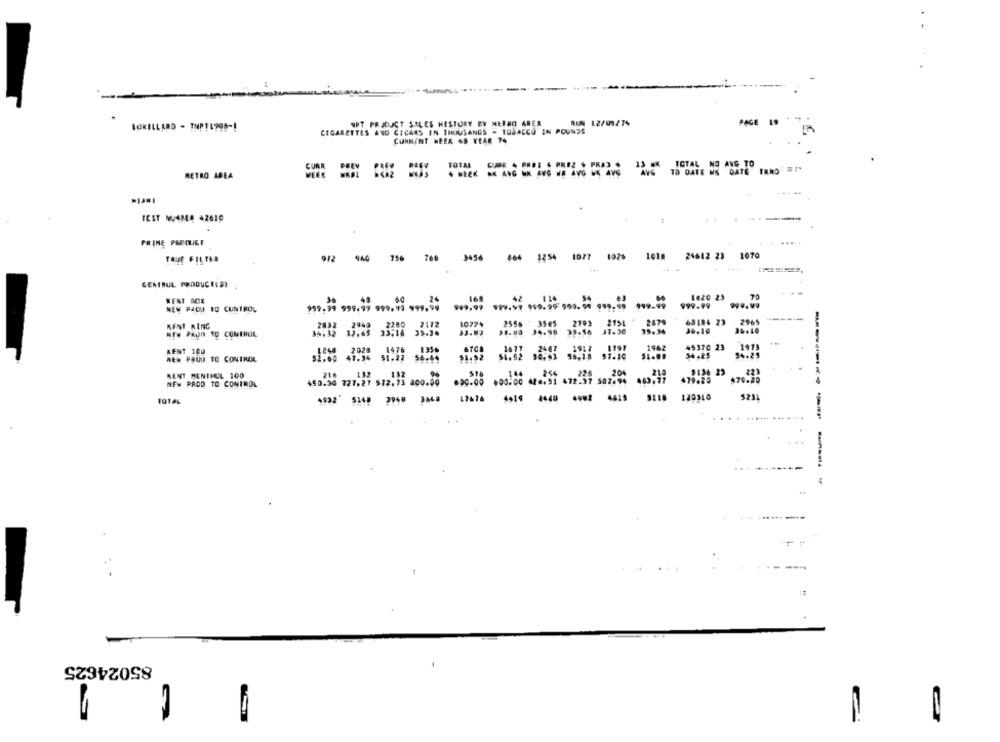
LORILLARD - THPTL708 -!
VPT PRODUCT SALES HESTORY BY NETHO AREA
RUN 12/09/74
PAGE
CIGARETTES ANO CICARS IN THOUSANDS - TOSACCO IN POUNDS
CURRENT HEEK OS YEAR 74
TOTAL CURR 4 PEDI 4 PREZ $ PRAJ . 13 WK TOTAL NO AVG TO
. HEEK RK ANG NK AVG NE AVG WE AVG AVG TO DATE NE DATE TRNO" ET"
METRO AREA
ICST NUMMER 42610
1
11
FRINE PREQUIET
TALE FILTER
3454
1254
1077 1976
1018
24612 23 1070
GENTBUL PRODUCTEST
1020 23
WENT BOX
999.99
999.99
-...
NEW PADU 10 CUNTROL
999,99 999.99 999. 99 999.99
RENT RING
2832
2940
10774
2556
35€5
2193
2154
2474
63184 23 2965
NEW PRUIS TO CONTROL
84,32
12.65
58.80 34.96
15.34
KENT 100
1677
26 67
1917
1197
1962
45370 23
191
56.64
51.52
54.52
90,91
55.18
51.10
54 42$
NEM PRUD TO CONTROL
SENT MENTHOL 100
479.20
NEW PROD TO CONTROL
$76.38
TOTAL
4932 5348 3949 3468
17616
4419 4440 6402 4615
120310
5231
..
-------
85024625